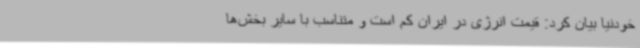
خودنیا بیان کرد: قیمت انرژی در ایران کم است و متناسب با سایر بخش‌ها